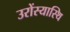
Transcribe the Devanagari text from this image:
उरोंस्यास्थि